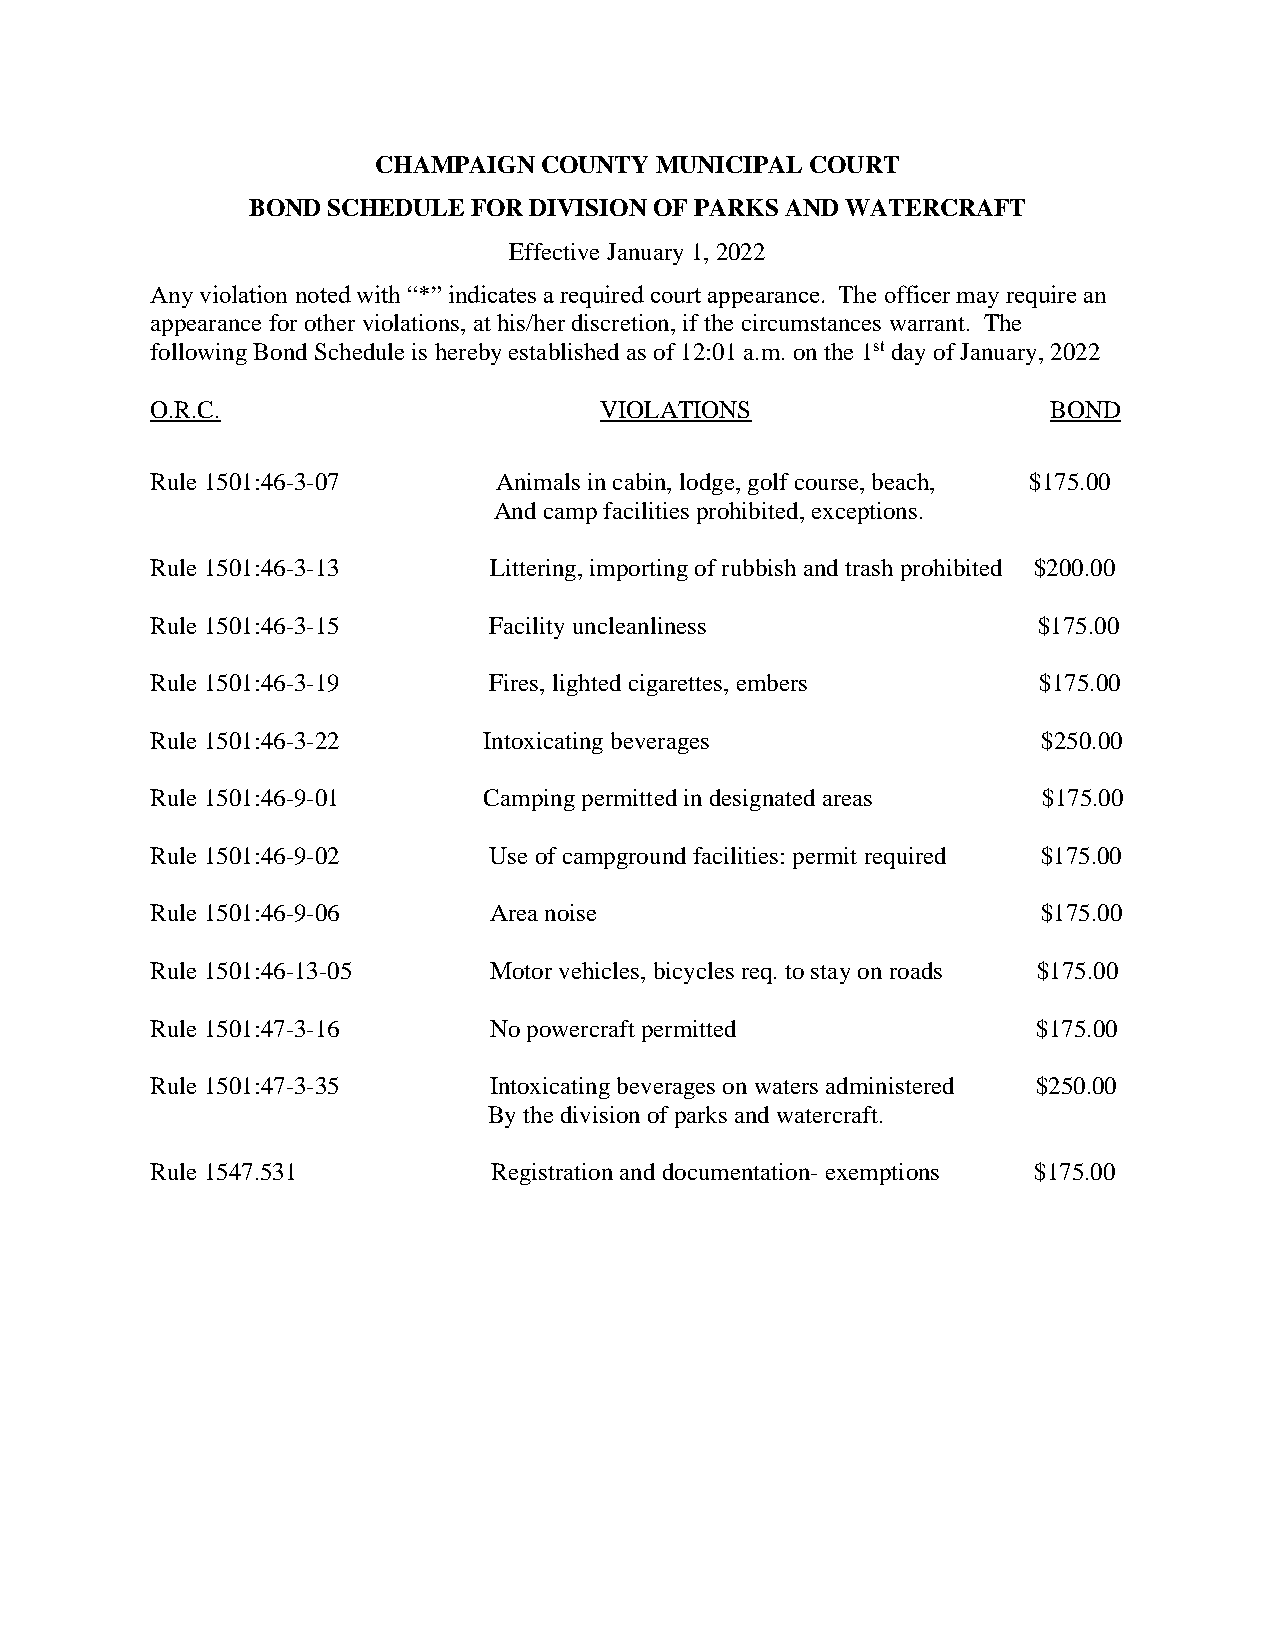
CHAMPAIGN  COUNTY MUNICIPAL  COURT
 BOND  SCHEDULE FOR DIVISION OF PARKS AND WATERCRAFT
 Effective January 1, 2022
 Any violation noted with “*” indicates a required court appearance. The officer may require an
 appearance for other violations, at his/her discretion, if the circumstances warrant. The
 following Bond Schedule is hereby established as of 12:01 a.m. on the 1st day of January, 2022
 O.R.C.                        VIOLATIONS                    BOND
 Rule 1501:46-3-07      Animals in cabin, lodge, golf course, beach, $175.00
 And camp facilities prohibited, exceptions.
 Rule 1501:46-3-13     Littering, importing of rubbish and trash prohibited $200.00
 Rule 1501:46-3-15     Facility uncleanliness               $175.00
 Rule 1501:46-3-19     Fires, lighted cigarettes, embers    $175.00
 Rule 1501:46-3-22     Intoxicating beverages               $250.00
 Rule 1501:46-9-01     Camping permitted in designated areas $175.00
 Rule 1501:46-9-02     Use of campground facilities: permit required $175.00
 Rule 1501:46-9-06     Area noise                           $175.00
 Rule 1501:46-13-05    Motor vehicles, bicycles req. to stay on roads $175.00
 Rule 1501:47-3-16     No powercraft permitted              $175.00
 Rule 1501:47-3-35     Intoxicating beverages on waters administered $250.00
 By the division of parks and watercraft.
 Rule 1547.531          Registration and documentation- exemptions $175.00